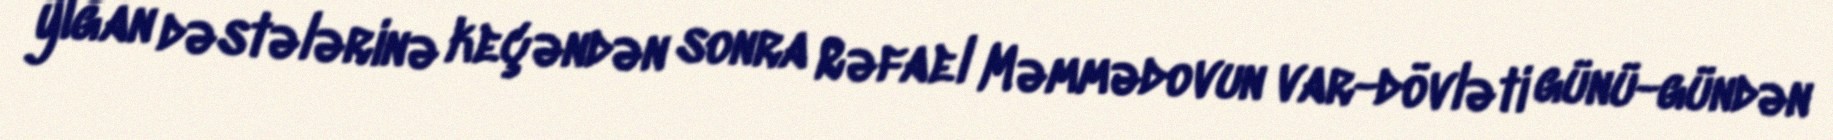
yığan dəstələrinə keçəndən sonra Rəfael Məmmədovun var-dövləti günü-gündən